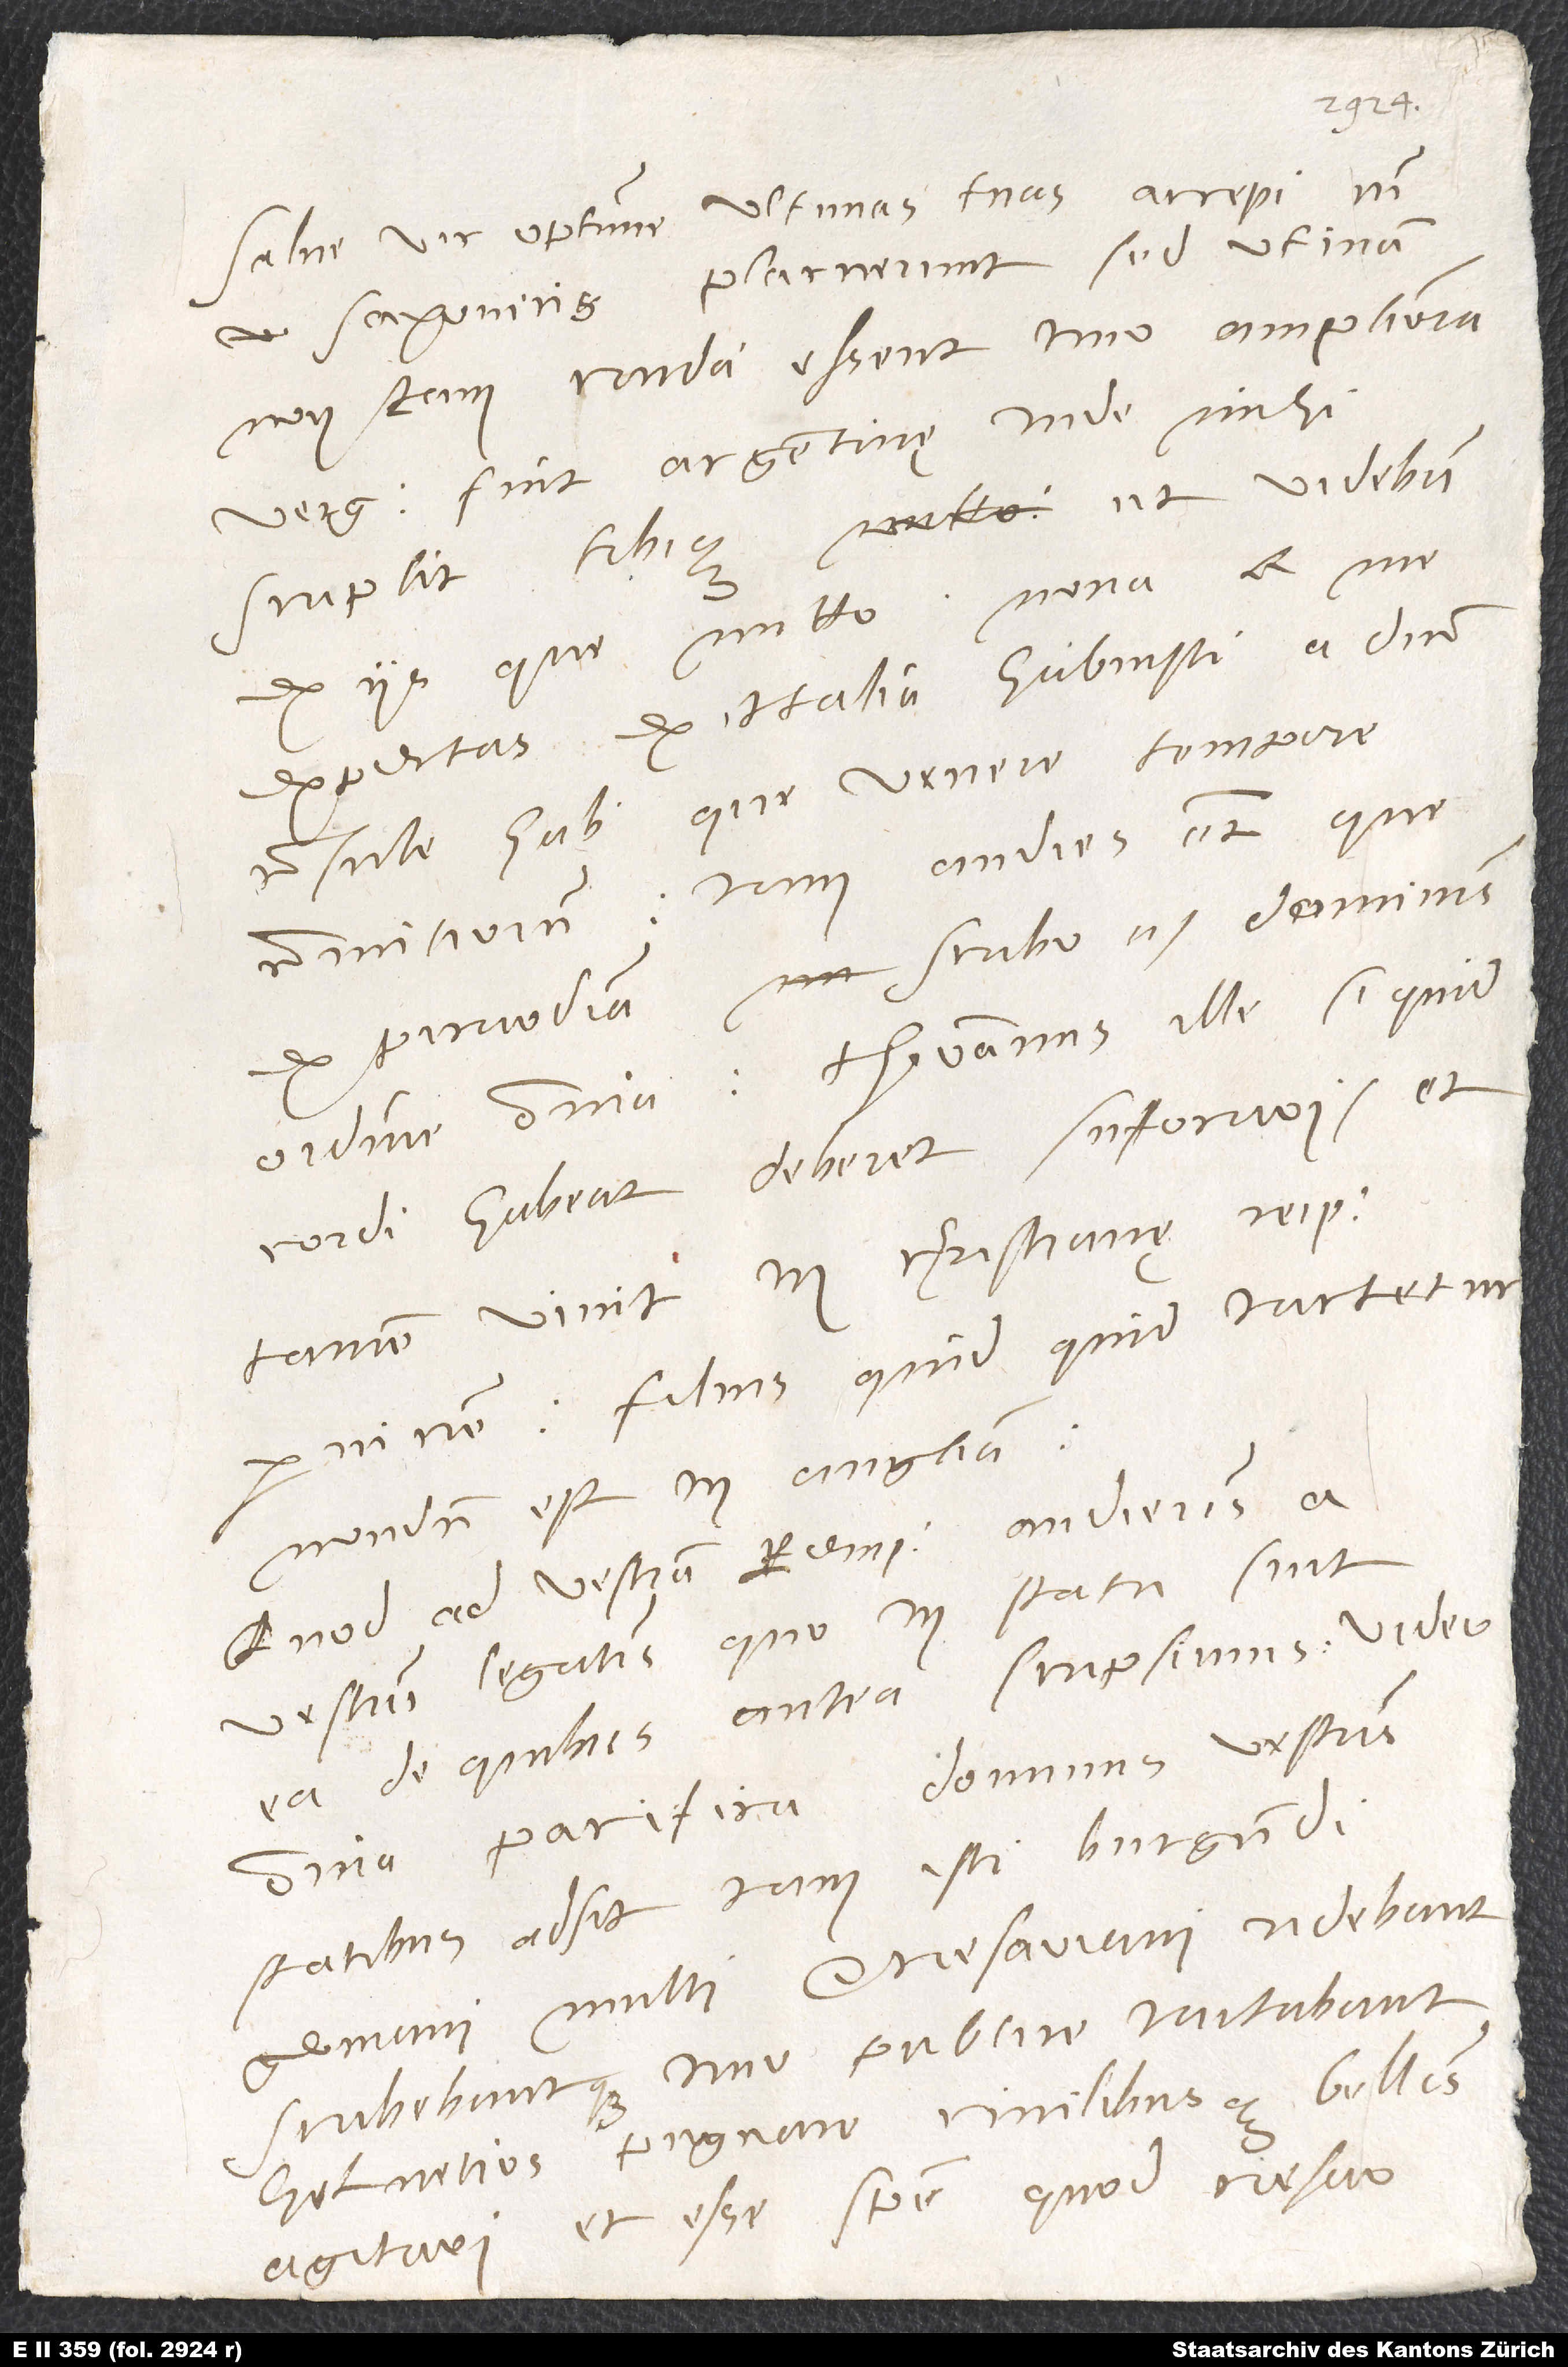
Salve, vir optime. Ultimas tuas accepi cum
non tam cruda essent, imo ampliora.
scripsit tibique, ut videbis
ex iis, que mitto. Nova a me
expectas ex Italia; habuisti a domino
consule Hab, que venere tempore
comitiorum. Iam audies etiam, que
cordi habeat, deberet sufocari et
tamen vivit in christianę reipublicę
perniciem. Filius, quidquid iactetur,
nondum est in Anglia.
Quod ad vestram rempublicam, audieris a
vestris legatis, quo in statu sint
ea, de quibus antea scripsimus. Video
omnia pacifica. Dominus vestris
statibus adsit. Iam isti Burgundi,
Helvetios pugnare civilibusque bellis
agitari et esse spem, quod Caesar